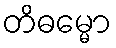
တိဓမ္မော